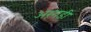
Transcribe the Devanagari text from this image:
अरंगडी